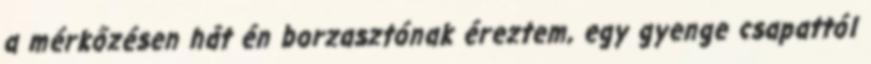
a mérkőzésen hát én borzasztónak éreztem, egy gyenge csapattól